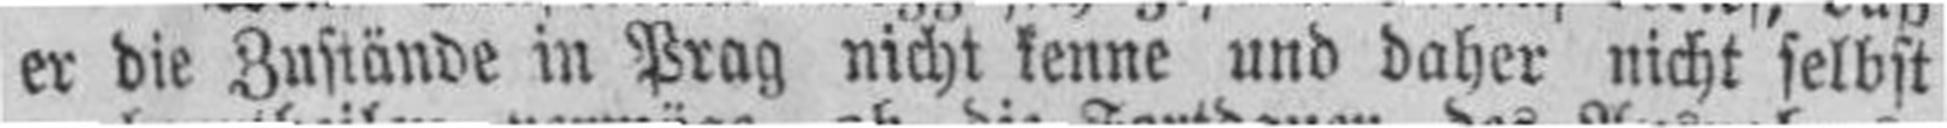
er die Zustände in Prag nicht kenne und daher nicht selbst